State Department UAP Cable 3, Tbilisi, Georgia, October 30, 2001
Agency: Department of State
Incident date: 10/28/2001-10/29/2001
Incident location: Georgia
Page 4
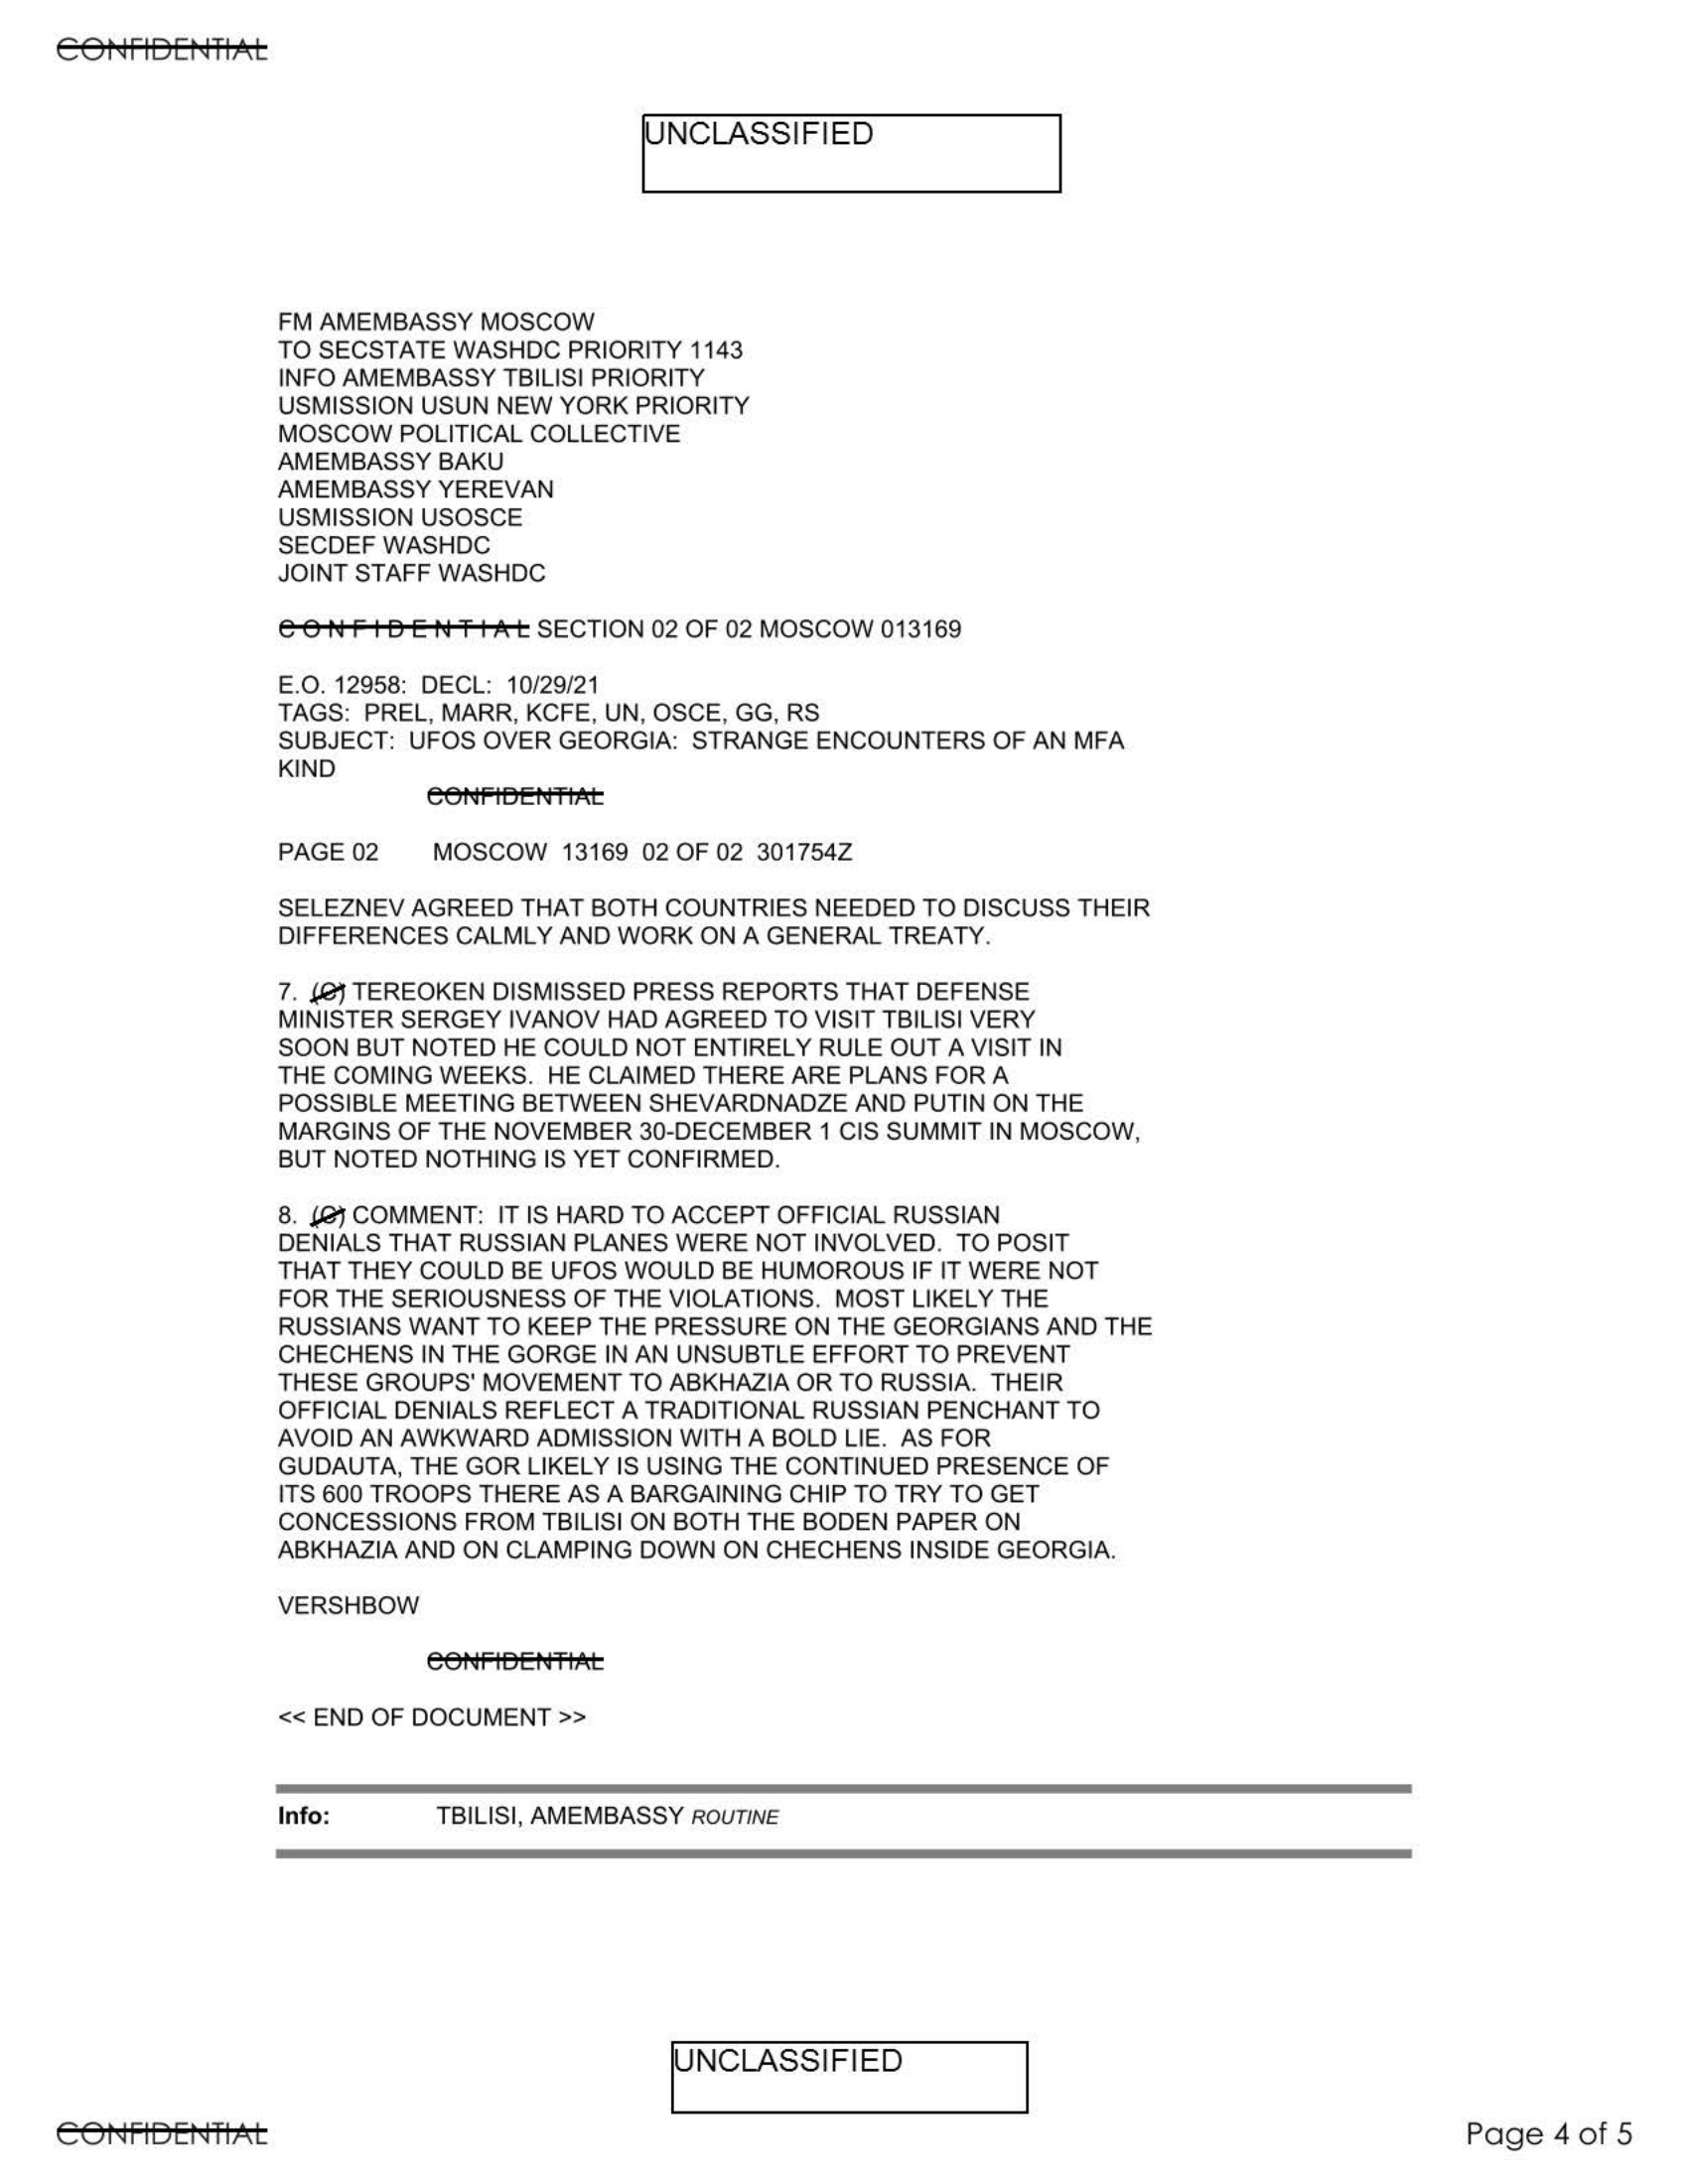